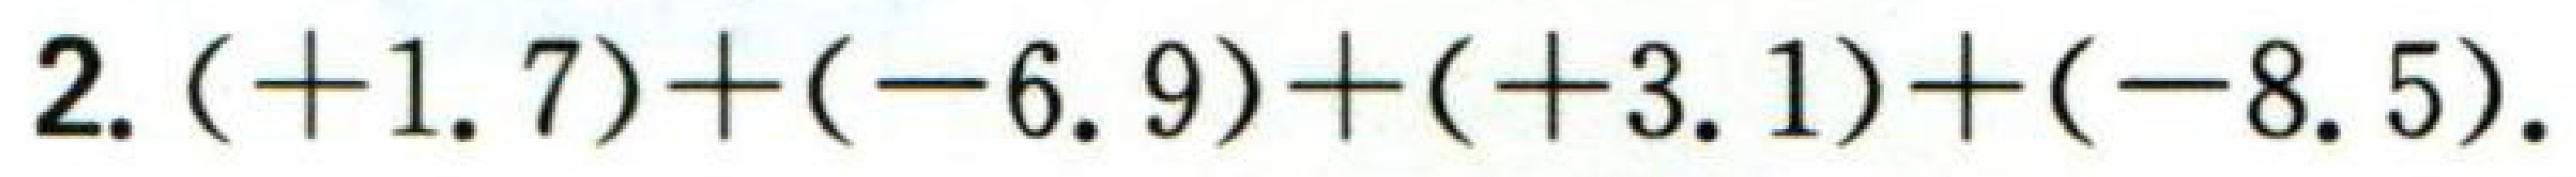
2. \(( + 1.7)+( - 6.9)+( + 3.1)+( - 8.5)\).